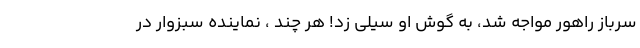
سرباز راهور مواجه شد، به گوش او سیلی زد! هر چند ، نماینده سبزوار در